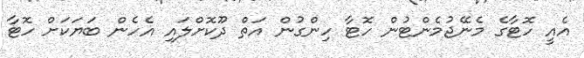
އެއީ ހޮޓާގެ މެނޭޖުމެންޓުން ހޮޓާ ހިންގުން އަތް ދޫކޮށްލައި އެހެން ބަޔަކަށް ހޮޓާ